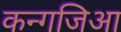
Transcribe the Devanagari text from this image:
कन्गजिआ